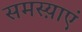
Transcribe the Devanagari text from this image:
समस्य़ाएं